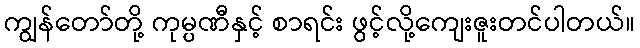
ကျွန်တော်တို့ ကုမ္ပဏီနှင့် စာရင်း ဖွင့်လို့ကျေးဇူးတင်ပါတယ်။